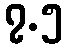
၇.၅